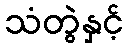
သံတွဲနှင့်